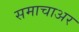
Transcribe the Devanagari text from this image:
समाचाअर